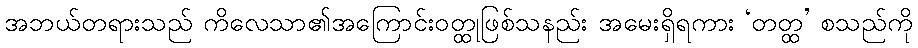
အဘယ်တရားသည် ကိလေသာ၏အကြောင်းဝတ္ထုဖြစ်သနည်း အမေးရှိရကား ‘တတ္ထ’ စသည်ကို